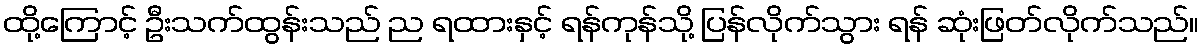
ထို့ကြောင့် ဦးသက်ထွန်းသည် ည ရထားနှင့် ရန်ကုန်သို့ ပြန်လိုက်သွား ရန် ဆုံးဖြတ်လိုက်သည်။